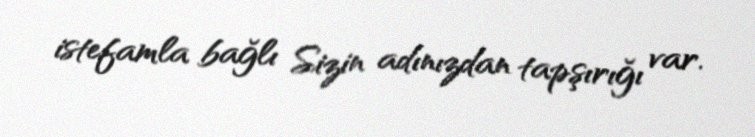
istefamla bağlı Sizin adınızdan tapşırığı var.